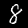
Label: 8